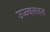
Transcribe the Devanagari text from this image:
उज्ज्वलदत्त